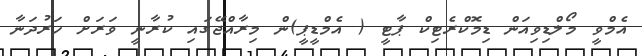
އެމްވީ މޯލްޑިވިއަން ޑިމޮކްރެޓިކް ޕާޓީ ( އެމްޑީޕީ)ން މިރާއްޖޭގައި ކުރާނީ ވަރަށް ހަރުދަނާ